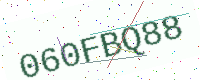
Text: 060FBQ88